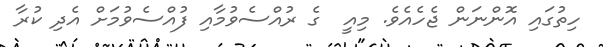
ހިތުގައި އޮންނަން ޖެހެއެވެ. މިއީ  ގެ ރުއްސެވުމާއި ފުއްސެވުމަށް އެދި ކުރާ